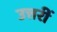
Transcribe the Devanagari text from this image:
उत्तरीं